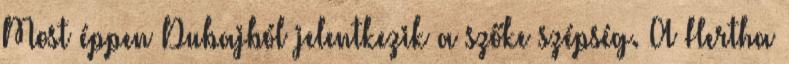
Most éppen Dubajból jelentkezik a szőke szépség. A Hertha